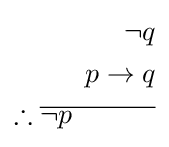
{\begin{aligned}\neg q\\p\rightarrow q\\\therefore {\overline {\neg p\quad \quad \quad }}\\\end{aligned}}